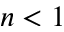
n < 1